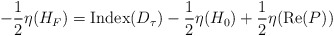
\begin{align*}-{1\over2} \eta(H_F) = {\rm Index}(D_\tau) -{1\over2} \eta(H_0)+{1\over2} \eta({\rm Re}({P}) ) \end{align*}